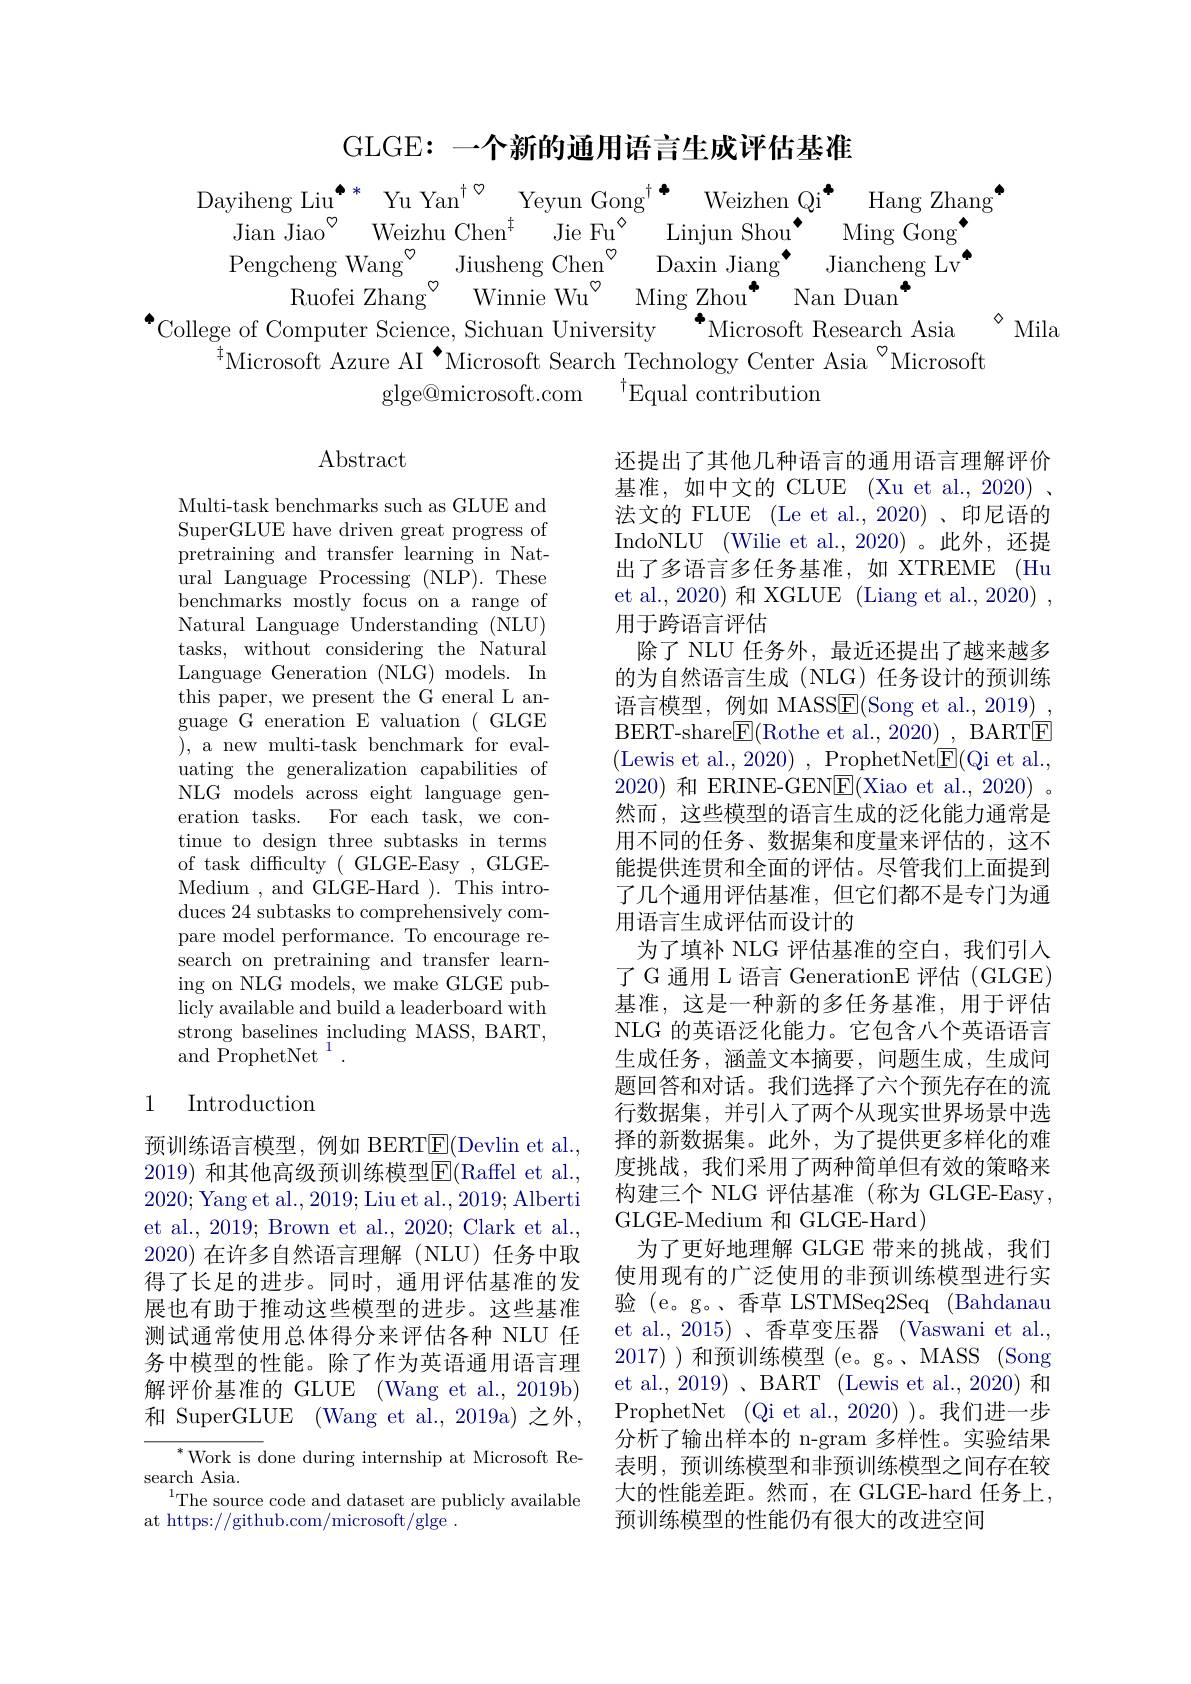
GLGE: 一个新的通用语言生成评估基准

Dayiheng Liu$^{\bullet*}$ Yu Yan$^{\dagger}$ Yeyun Gong$^{\dagger}$
Weizhen Qi$^{*}$
Hang Zhang
$\mathrm{Jian~Jiao}^{\circ }$ Weizhu Chen$^{\dagger }$ Jie Fu$^{\diamond}$
Linjun Shou$^{\bullet }$ Ming Gong$^{\bullet}$
Pengcheng Wang$^{\circ }$ Jiusheng Chen$^{\circ}$
$\mathop{\mathrm{Daxin~Jiang}^{\bullet}}\mathop{\mathrm{Jiancheng~Lv}^{\bullet}}$
Ruofei Zhang$^{\textcircled{1}}$
Winnie Wu$^{\textcircled {\circ }}$ Ming Zhou$^{\textcircled {\bullet }}$ Nan Duan$^{\bullet}$
$\diamond$ Mila
$^{\bullet}$College of Computer Science, Sichuan University$^{\bullet}$Microsoft Research Asia

$^{\ddagger}$Microsoft Azure AI$^{\bullet}$Microsoft Search Technology Center Asia $^{\circ}$Microsoft
$^{\dagger}$Equal contribution
glge@microsoft.com

$\operatorname{Abstract}$

Multi-task benchmarks such as GLUE and SuperGLUE have driven great progress of pretraining and transfer learning in Natural Language Processing (NLP).These benchmarks mostly focus on a range of Natural Language Understanding (NLU) tasks, without considering the Natural Language Generation (NLG) models. In this paper, we present the G eneral L anguage G eneration E valuation (GLGE ) , a new multi- task benchmark for eval- uating the generalization capabilities of NLG models across eight language generation tasks. For each task, we continue to design three subtasks in terms of task difficulty( GLGE-Easy, GLGEMedium , and GLGE-Hard ). This introduces 24 subtasks to comprehensively compare model performance. To encourage research on pretraining and transfer learning on NLG models, we make GLGE publicly available and build a leaderboard with strong baselines including MASS, BART, ${\mathrm{and~ProphetNet}}^{1}$

还提出了其他几种语言的通用语言理解评价基准，如中文的 CLUE (Xu et al., 2020) . 法文的 FLUE (Le et al., 2020)、印尼语的IndoNLU (Wilie et al.,2020)。此外，还提出了多语言多任务基准，如 XTREME (Hu et al., 2020) 和 XGLUE (Liang et al., 2020) , 用于跨语言评估
除了 NLU 任务外，最近还提出了越来越多的为自然语言生成(NLG)任务设计的预训练语言模型，例如 MASSE(Song et al., 2019) BERT-share$\boxed{\mathrm{F}}($Rothe et al., 2020) , BARTE (Lewis et al., 2020) , ProphetNet$\underline{\mathrm{E}}($Qi et al., 2020)和 ERINE-GEN$\overline{\mathrm{E}}($Xiao et al., 2020)。然而，这些模型的语言生成的泛化能力通常是用不同的任务、数据集和度量来评估的，这不能提供连贯和全面的评估。尽管我们上面提到了几个通用评估基准，但它们都不是专门为通用语言生成评估而设计的
为了填补 NLG 评估基准的空白，我们引入了 G 通用 L 语言 GenerationE 评估 (GLGE) 基准，这是一种新的多任务基准，用于评估NLG 的英语泛化能力。它包含八个英语语言生成任务，涵盖文本摘要，问题生成，生成问题回答和对话。我们选择了六个预先存在的流行数据集，并引入了两个从现实世界场景中选择的新数据集。此外，为了提供更多样化的难度挑战，我们采用了两种简单但有效的策略来构建三个 NLG 评估基准 (称为 GLGE-Easy , GLGE-Medium 和 GLGE-Hard)
为了更好地理解 GLGE 带来的挑战，我们使用现有的广泛使用的非预训练模型进行实验 (e。g。、香草 LSTMSeq2Seq (Bahdanau et al., 2015)、香草变压器 (Vaswani et al., 2017) )和预训练模型 (e。g。、MASS (Song et al., 2019) 、BART (Lewis et al., 2020) 和ProphetNet (Qi et al.,2020) )。我们进一步$\bar{\text{分析了输出样本的 n-gram 多样性。实验结果}}$ 表明，预训练模型和非预训练模型之间存在较大的性能差距。然而，在 GLGE-hard 任务上， 预训练模型的性能仍有很大的改进空间

## 1 Introduction

预训练语言模型，例如 BERT$\overline{\mathrm{E}}($Devlin et al., 2019) 和其他高级预训练模型$\overline{\mathrm{E}}($Raffel et al., 2020; Yang et al., 2019; Liu et al., 2019; Alberti et al., 2019; Brown et al., 2020; Clark et al., 2020)在许多自然语言理解(NLU)任务中取得了长足的进步。同时，通用评估基准的发展也有助于推动这些模型的进步。这些基准测试通常使用总体得分来评估各种 NLU 任务中模型的性能。除了作为英语通用语言理解评价基准的 GLUE (Wang et al., 2019b) 和 SuperGLUE (Wang et al.,2019a) 之外，

${^*\text{Work is d}}$one during internship at Microsoft Re-
$\mathop{\mathrm{search~Asia.}}$
$^{1}$The source code and dataset are publicly available
at https://github.com/microsoft/glge .